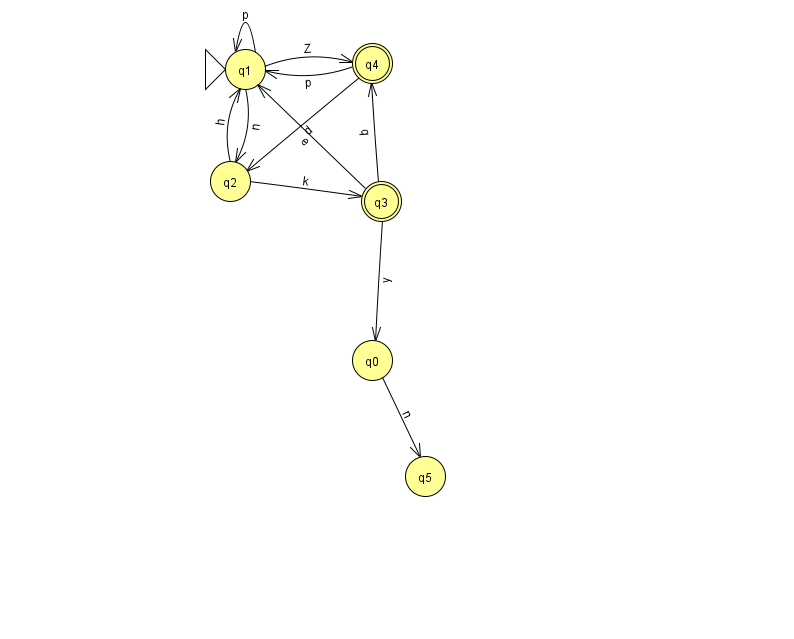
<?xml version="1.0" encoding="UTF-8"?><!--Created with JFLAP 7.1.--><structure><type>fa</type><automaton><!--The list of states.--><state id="0" name="q0"><x>372.0</x><y>347.0</y></state><state id="1" name="q1"><x>245.0</x><y>56.0</y><initial/></state><state id="2" name="q2"><x>230.0</x><y>168.0</y></state><state id="3" name="q3"><x>381.0</x><y>188.0</y><final/></state><state id="4" name="q4"><x>372.0</x><y>50.0</y><final/></state><state id="5" name="q5"><x>425.0</x><y>463.0</y></state><!--The list of transitions.--><transition><from>1</from><to>1</to><read>p</read></transition><transition><from>1</from><to>4</to><read>Z</read></transition><transition><from>3</from><to>0</to><read>y</read></transition><transition><from>1</from><to>2</to><read>n</read></transition><transition><from>4</from><to>2</to><read>d</read></transition><transition><from>2</from><to>1</to><read>h</read></transition><transition><from>3</from><to>4</to><read>q</read></transition><transition><from>3</from><to>1</to><read>e</read></transition><transition><from>4</from><to>1</to><read>p</read></transition><transition><from>2</from><to>3</to><read>k</read></transition><transition><from>0</from><to>5</to><read>n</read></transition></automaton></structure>